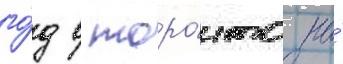
го́д в торо́нто на́